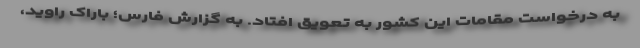
به درخواست مقامات این کشور به تعویق افتاد. به گزارش فارس؛ باراک راوید،